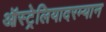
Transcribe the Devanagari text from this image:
ऑस्ट्रेलियादरम्यान